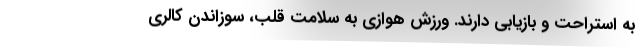
به استراحت و بازیابی دارند. ورزش هوازی به سلامت قلب، سوزاندن کالری